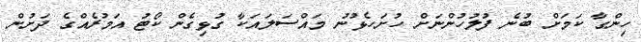
ހިންގާ ކަމަށް ބުނެ ފުލުހުންނަށް ހުށަހެޅުނު މައްސަލައަކާ ގުޅިގެން ކޯޓު އަމުރެއްގެ ދަށުން